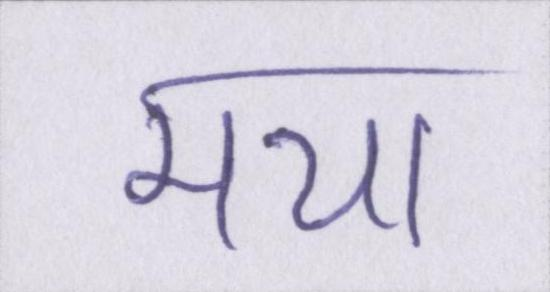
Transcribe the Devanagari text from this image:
मया